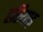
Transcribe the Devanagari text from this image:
हरियाड़